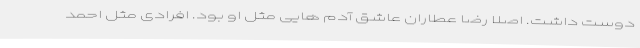
دوست داشت. اصلا رضا عطاران عاشق آدم هایی مثل او بود. افرادی مثل احمد